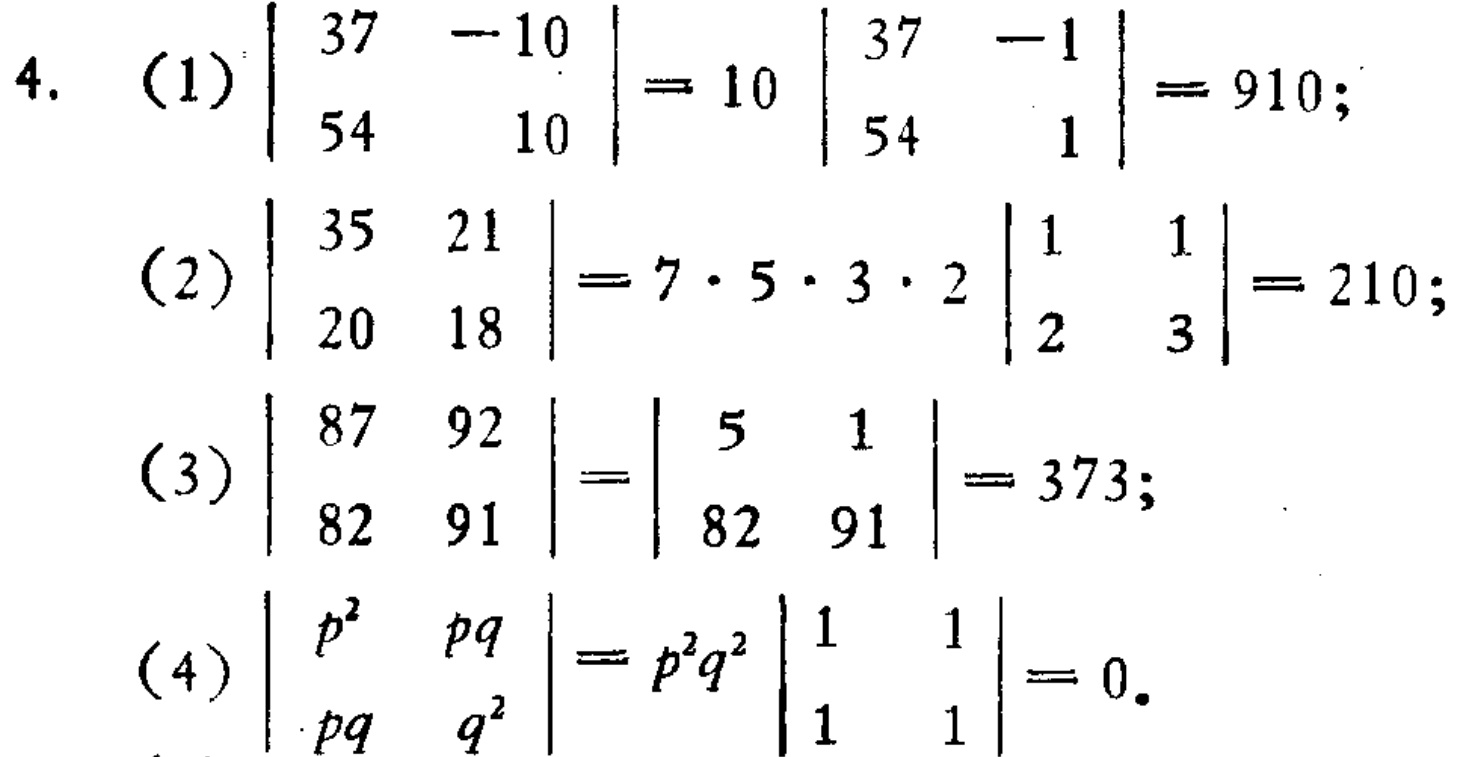
\begin{align*}
4.\quad&(1)\quad\begin{vmatrix}
37& - 10\\
54&10
\end{vmatrix}=10\begin{vmatrix}
37&-1\\
54&1
\end{vmatrix}=910;\\
&(2)\quad\begin{vmatrix}
35&21\\
20&18
\end{vmatrix}=7\cdot5\cdot3\cdot2\begin{vmatrix}
1&1\\
2&3
\end{vmatrix}=210;\\
&(3)\quad\begin{vmatrix}
87&92\\
82&91
\end{vmatrix}=\begin{vmatrix}
5&1\\
82&91
\end{vmatrix}=373;\\
&(4)\quad\begin{vmatrix}
p^{2}&pq\\
pq&q^{2}
\end{vmatrix}=p^{2}q^{2}\begin{vmatrix}
1&1\\
1&1
\end{vmatrix}=0.
\end{align*}